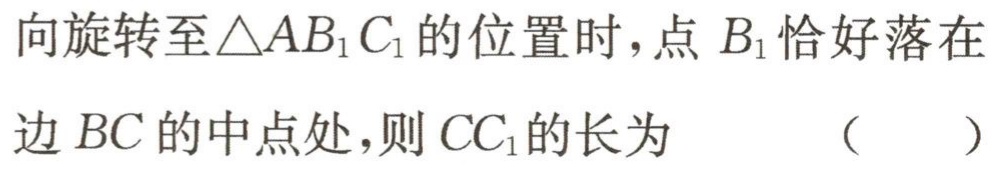
向旋转至\(\triangle AB_{1}C_{1}\)的位置时，点 \(B_{1}\)恰好落在

边 \(BC\)的中点处，则 \(CC_{1}\)的长为 （  ）